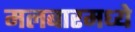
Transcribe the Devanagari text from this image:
मलबारमध्ये